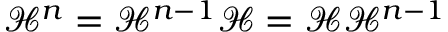
\mathcal { H } ^ { n } = \mathcal { H } ^ { n - 1 } \mathcal { H } = \mathcal { H } \mathcal { H } ^ { n - 1 }